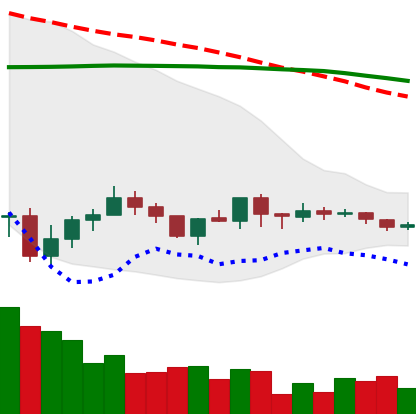
Ticker: ADA-USD
Chart end date: 2019-08-03
Forward return: -10.029%
Label: down_7plus